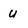
Character: u